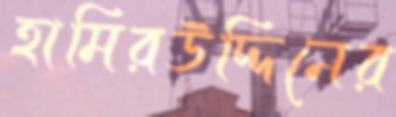
হামিরউদ্দিনের